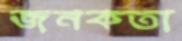
জনকতা